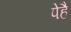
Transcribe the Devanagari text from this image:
पेहै